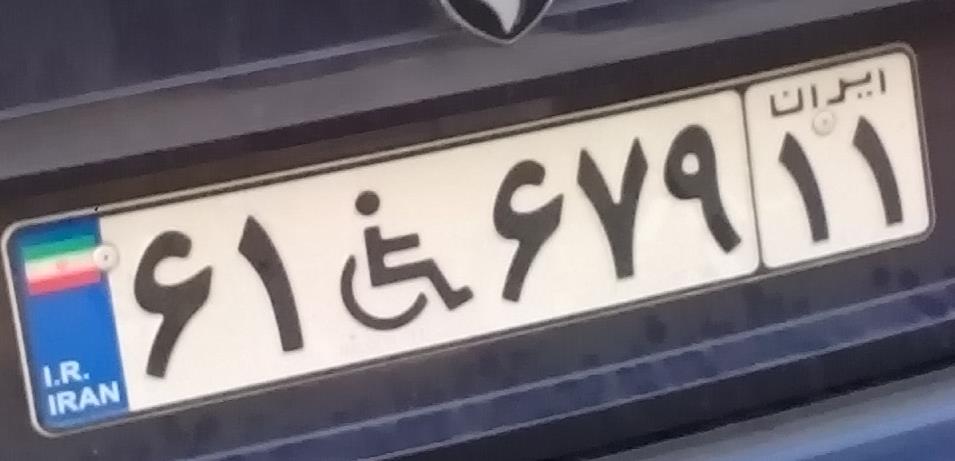
۶۱+۶۷۹۱۱